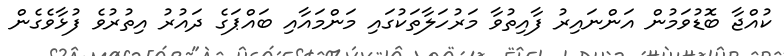
ކުއްޖާ ބޮޑުވަމުން އަންނައިރު ފާއިތުވާ މަރުހަލާތަކުގައި މަންމައާއި ބައްޕަގެ ދައުރު އިތުރުވެ ފުޅާވެގެން